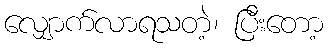
လျှောက်လာရသတဲ့၊ ပြီးတော့